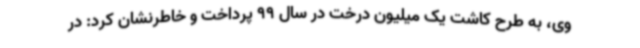
وی، به طرح کاشت یک میلیون درخت در سال 99 پرداخت و خاطرنشان کرد: در